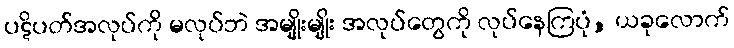
ပဋိပတ်အလုပ်ကို မလုပ်ဘဲ အမျိုးမျိုး အလုပ်တွေကို လုပ်နေကြပုံ, ယခုလောက်